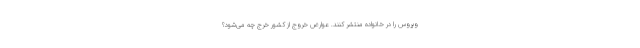
ویروس را در خانواده منتشر کنند. عوارض خروج از کشور خرج چه می‌شود؟